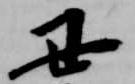
丑